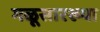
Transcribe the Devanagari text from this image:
गळूसारख्या